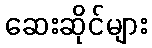
ဆေးဆိုင်များ